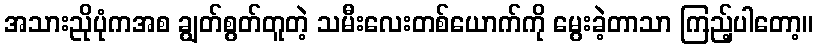
အသားညိုပုံကအစ ချွတ်စွတ်တူတဲ့ သမီးလေးတစ်ယောက်ကို မွေးခဲ့တာသာ ကြည့်ပါတော့။